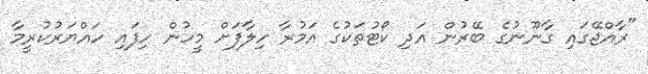
"ރާއްޖޭގައި ގާނޫނުގެ ބޭރުން އަދި ކޯޓުތަކުގެ އަމުރާ ހިލާފަށް މީހުން ހިފައި ހައްޔަރުކުރީމާ